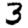
Digit: 3